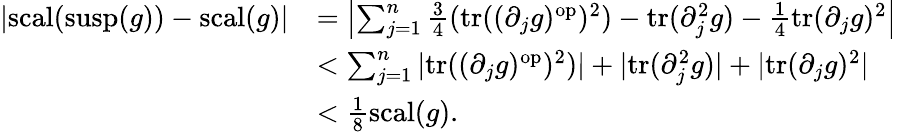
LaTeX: \begin{array}{rl}{|\mathord{\mathrm{scal}}(\mathrm{susp}(g))-\mathord{\mathrm{scal}}(g)|}&{=\left|\sum_{j=1}^{n}\frac{3}{4}(\mathrm{tr}((\partial_{j}g)^{\mathrm{op}})^{2})-\mathrm{tr}(\partial_{j}^{2}g)-\frac{1}{4}\mathrm{tr}(\partial_{j}g)^{2}\right|}\\ &{<\sum_{j=1}^{n}|\mathrm{tr}((\partial_{j}g)^{\mathrm{op}})^{2})|+|\mathrm{tr}(\partial_{j}^{2}g)|+|\mathrm{tr}(\partial_{j}g)^{2}|}\\ &{<\frac{1}{8}\mathord{\mathrm{scal}}(g).}\end{array}